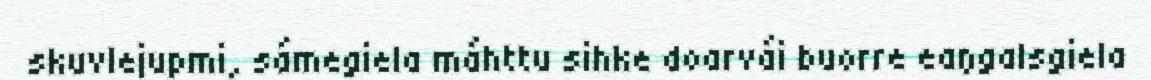
skuvlejupmi, sámegiela máhttu sihke doarvái buorre eaŋgalsgiela